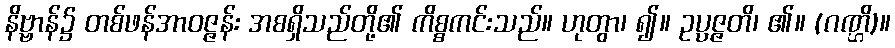
နိဗ္ဗာန်၌ တစ်ဖန်အာဝဇ္ဇန်း အစရှိသည်တို့၏ ကိစ္စကင်းသည်။ ဟုတွာ၊ ၍။ ဥပ္ပဇ္ဇတိ၊ ၏။ (ဂဏ္ဌိ)။